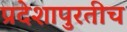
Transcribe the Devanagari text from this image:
प्रदेशापुरतीच